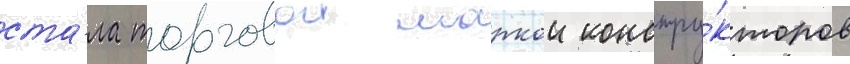
ста́ла торговои маркои констру́кторов